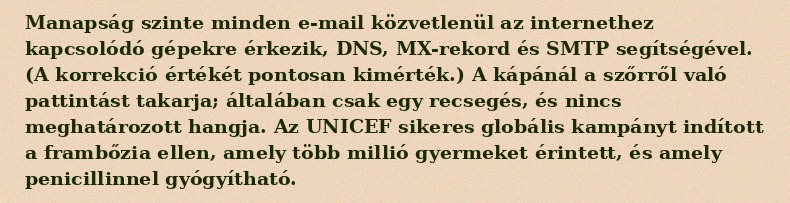
Manapság szinte minden e-mail közvetlenül az internethez kapcsolódó gépekre érkezik, DNS, MX-rekord és SMTP segítségével. (A korrekció értékét pontosan kimérték.) A kápánál a szőrről való pattintást takarja; általában csak egy recsegés, és nincs meghatározott hangja. Az UNICEF sikeres globális kampányt indított a frambőzia ellen, amely több millió gyermeket érintett, és amely penicillinnel gyógyítható.